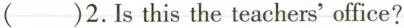
()2.Is this the teachers' office?